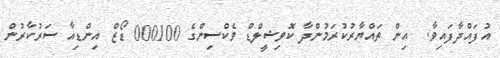
އުފައްދާފައިވާ